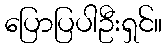
ပြောပြပါဦးရှင်။